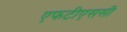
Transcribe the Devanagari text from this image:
एफटीएससी